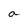
Character: a